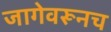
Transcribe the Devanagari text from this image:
जागेवरूनच